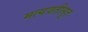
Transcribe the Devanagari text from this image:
मत्यवतीसुत